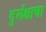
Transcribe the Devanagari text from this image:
दुर्लक्षाचा